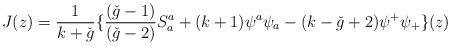
LaTeX: \begin{align*}J(z) = \frac{1}{k+ \check{g}} \{ \frac{(\check{g} - 1)}{(\check{g}-2)}S_{a}^{a} + (k+1)\psi^{a} \psi_{a} - (k- \check{g}+2) \psi^{+} \psi_{+} \}(z)\end{align*}